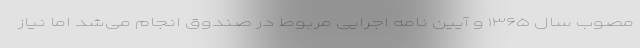
مصوب سال ۱۳۶۵ و آیین نامه اجرایی مربوط در صندوق انجام می‌شد اما نیاز